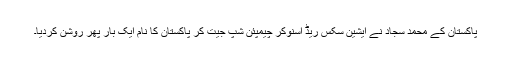
پاکستان کے محمد سجاد نے ایشین سکس ریڈ اسنوکر چیمپئن شپ جیت کر پاکستان کا نام ایک بار پھر روشن کردیا۔